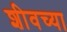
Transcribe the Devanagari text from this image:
शीवच्या